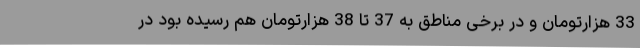
33 هزارتومان و در برخی مناطق به 37 تا 38 هزارتومان هم رسیده بود در